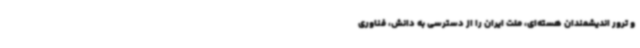
و ترور اندیشمندان هسته‌ای، ملت ایران را از دسترسی به دانش، فناوری